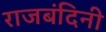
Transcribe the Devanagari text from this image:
राजबंदिनी